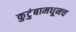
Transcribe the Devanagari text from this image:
कुटुंबामधूनच